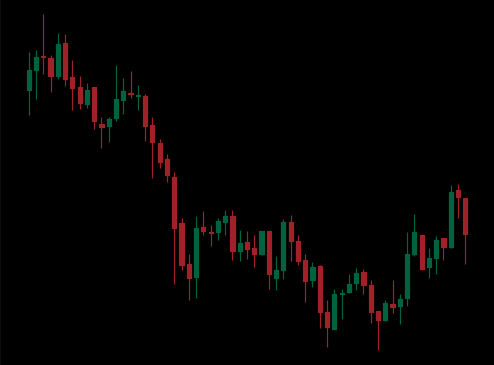
Pattern: bull_flag